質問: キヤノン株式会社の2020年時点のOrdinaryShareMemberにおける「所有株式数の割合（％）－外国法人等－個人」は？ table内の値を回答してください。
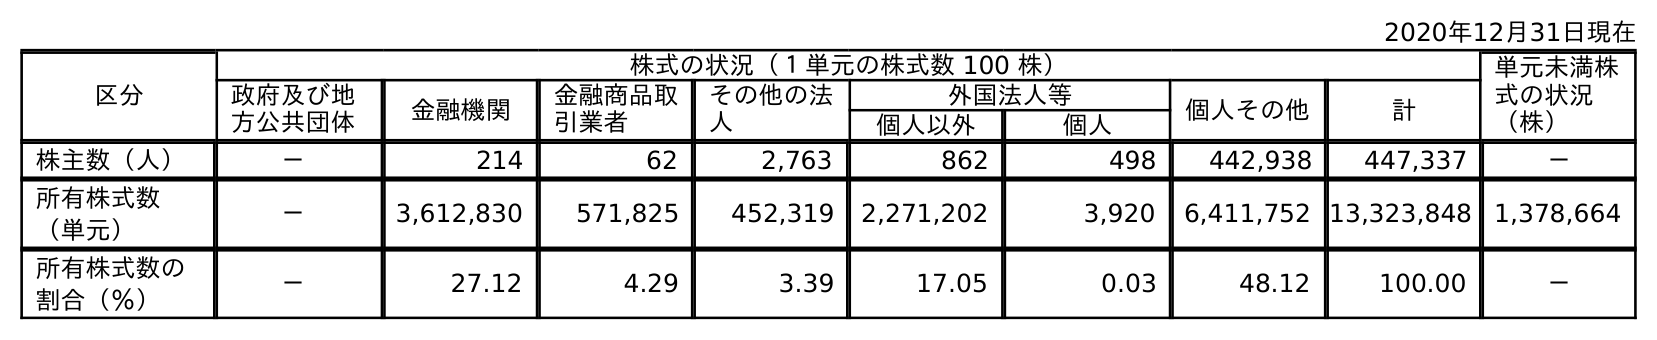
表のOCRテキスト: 2020年12月31日現在 区分 株式の状況（１単元の株式数 100 株） 単元未満株 式の状況 （株） 政府及び地 方公共団体 金融機関 金融商品取 引業者 その他の法 人 外国法人等 個人その他 計 個人以外 個人 株主数（人） － 214 62 2,763 862 498 442,938 447,337 － 所有株式数 （単元） － 3,612,830 571,825 452,319 2,271,202 3,920 6,411,752 13,323,848 1,378,664 所有株式数の 割合（％） － 27.12 4.29 3.39 17.05 0.03 48.12 100.00 －
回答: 0.03